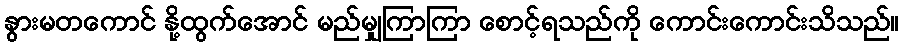
နွားမတကောင် နို့ထွက်အောင် မည်မျှကြာကြာ စောင့်ရသည်ကို ကောင်းကောင်းသိသည်။